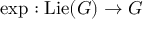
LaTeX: \exp : \operatorname { L i e } ( G ) \to G